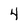
Character: 4